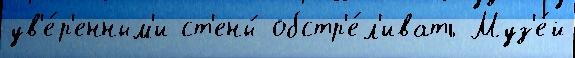
ув'е́р'енным'и ст'ены́ обстр'е́л'ивать Муз'е́й